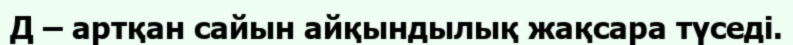
Д – артқан сайын айқындылық жақсара түседі.